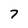
Character: 7